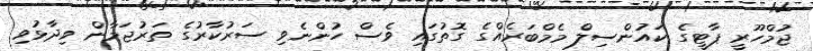
ޖުމްހޫރީ ޕާޓީގެ ކައުންސިލް މެމްބަރެއްގެ ގޮތުގައި ވެސް ހުންނެވި ސަރުކާރުގެ ތަރުޖަމާން ވިދާޅުވި